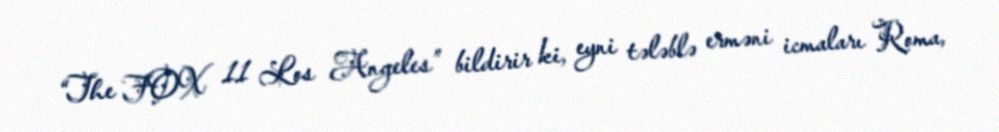
“The FOX 11 Los Angeles” bildirir ki, eyni tələblə erməni icmaları Roma,